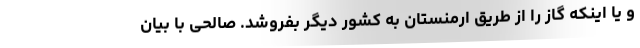
و یا اینکه گاز را از طریق ارمنستان به کشور دیگر بفروشد. صالحی با بیان